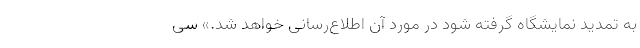
به تمدید نمایشگاه گرفته شود در مورد آن اطلاع‌رسانی خواهد شد.» سی‌